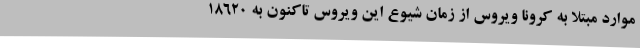
موارد مبتلا به کرونا ویروس از زمان شیوع این ویروس تاکنون به 18620